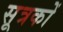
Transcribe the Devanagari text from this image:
सूत्रकों